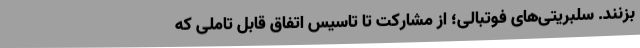
بزنند. سلبریتی‌های فوتبالی؛ از مشارکت تا تاسیس اتفاق قابل تاملی که